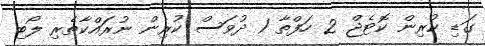
ގަޑި ކުރިން ކޮޓެޖް 2 ހަފްތާ 1 ދުވަސް ކުރިން ނުރަައްްކާތެރި ލޯބި